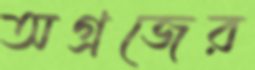
অগ্রজের